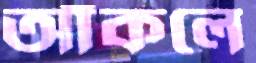
আঁকলে